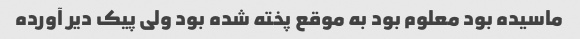
ماسیده بود معلوم بود به موقع پخته شده بود ولی پیک دیر آورده